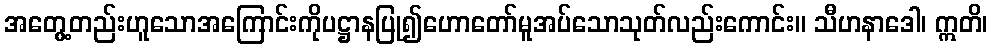
အတွေ့တည်းဟူသောအကြောင်းကိုပဋ္ဌာနပြု၍ဟောတော်မူအပ်သောသုတ်လည်းကောင်း။ သီဟနာဒေါ၊ ဣတိ၊